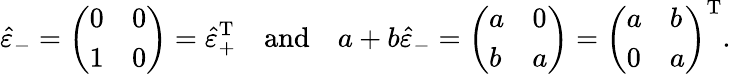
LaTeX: {\hat{\varepsilon}}_{-}={\left(\begin{array}{ll}{0}&{0}\\ {1}&{0}\end{array}\right)}={\hat{\varepsilon}}_{+}^{\operatorname{T}}\quad{\mathrm{and}}\quad a+b{\hat{\varepsilon}}_{-}={\left(\begin{array}{ll}{a}&{0}\\ {b}&{a}\end{array}\right)}={\left(\begin{array}{ll}{a}&{b}\\ {0}&{a}\end{array}\right)}^{\operatorname{T}}.